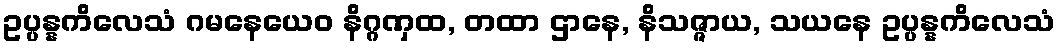
ဥပ္ပန္နကိလေသံ ဂမနေယေဝ နိဂ္ဂဏှထ, တထာ ဌာနေ, နိသဇ္ဇာယ, သယနေ ဥပ္ပန္နကိလေသံ